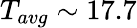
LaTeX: T_{avg}\sim 17.7